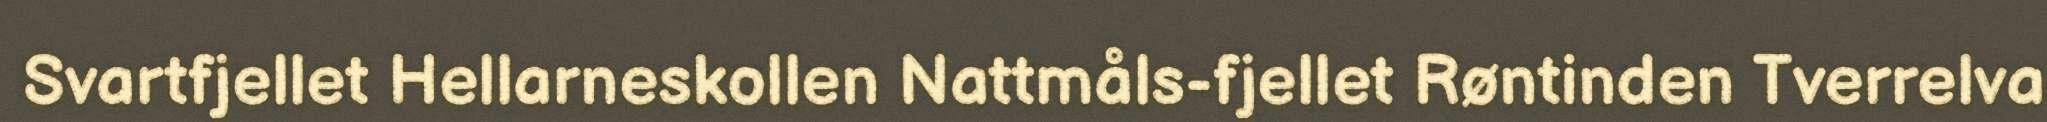
Svartfjellet Hellarneskollen Nattmåls-fjellet Røntinden Tverrelva